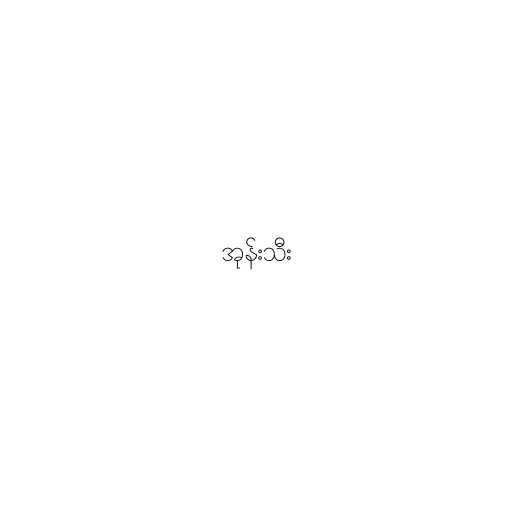
အုန်းသီး